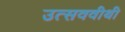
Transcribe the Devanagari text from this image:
उत्सववीथी